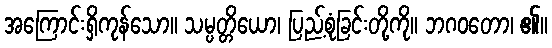
အကြောင်းရှိကုန်သော။ သမ္ပတ္တိယော၊ ပြည့်စုံခြင်းတို့ကို။ ဘဂဝတော၊ ၏။